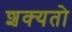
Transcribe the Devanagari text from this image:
शक्‍यतो